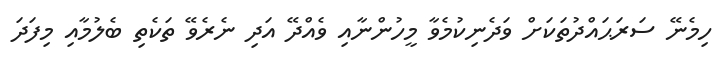
ހިމެނޭ ސަރަޙައްދުތަކަށް ވަދެނިކުމެވާ މީހުންނާއި ވެއްދޭ އަދި ނެރެވޭ ތަކެތި ބެލުމާއި މިފަދަ